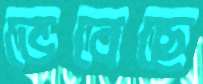
ভেবেছে